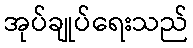
အုပ်ချုပ်ရေးသည်